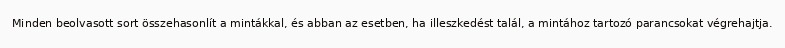
Minden beolvasott sort összehasonlít a mintákkal, és abban az esetben, ha illeszkedést talál, a mintához tartozó parancsokat végrehajtja.